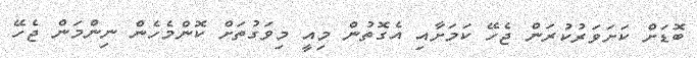
ބޮޑަށް ކަށަވަރުކުރަން ޖެހޭ ކަމަށާއި އެގޮތުން މިއީ މިވަގުތަށް ކޮންމެހެން ނިންމަން ޖެހޭ